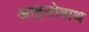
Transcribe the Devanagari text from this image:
आइसोबाथ